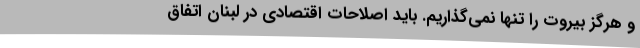
و هرگز بیروت را تنها نمی‌گذاریم. باید اصلاحات اقتصادی در لبنان اتفاق